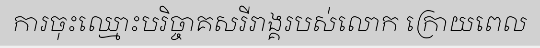
ការចុះឈ្មោះបរិច្ចាគសរីរាង្គរបស់លោក ក្រោយពេល